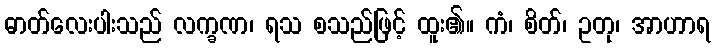
ဓာတ်လေးပါးသည် လက္ခဏ၊ ရသ စသည်ဖြင့် ထူး၏။ ကံ၊ စိတ်၊ ဥတု၊ အာဟာရ